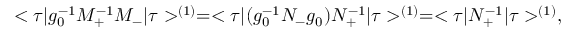
< \tau \vert g _ { 0 } ^ { - 1 } M _ { + } ^ { - 1 } M _ { - } \vert \tau > ^ { ( 1 ) } = < \tau \vert ( g _ { 0 } ^ { - 1 } N _ { - } g _ { 0 } ) N _ { + } ^ { - 1 } \vert \tau > ^ { ( 1 ) } = < \tau \vert N _ { + } ^ { - 1 } \vert \tau > ^ { ( 1 ) } ,